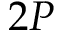
2 P